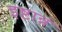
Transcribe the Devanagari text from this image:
इष्टान्नं